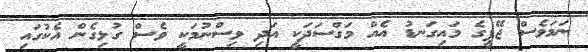
ނަމަވެސް ޖޭޕީގެ މައިގަނޑު އެއް މަގްސަދަކީ އަދި ވިސްނުމަކީ ވެސް ގުޅިގެން އެކުގައި